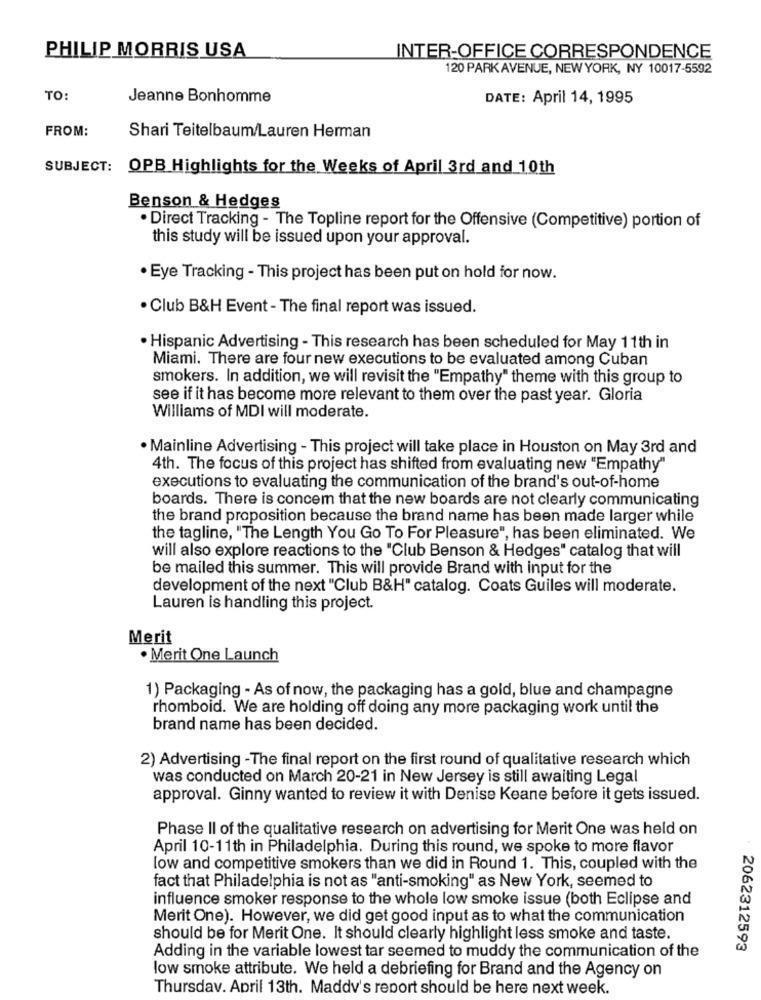
PHILIP MORRIS USA
INTER-OFFICE CORRESPONDENCE
120 PARK AVENUE, NEW YORK, NY 10017-5592
TO:
Jeanne Bonhomme
DATE: April 14, 1995
FROM:
Shari Teitelbaum/Lauren Herman
SUBJECT: OPB Highlights for the Weeks of April 3rd and 10th
Benson & Hedges
. Direct Tracking - The Topline report for the Offensive (Competitive) portion of
this study will be issued upon your approval.
· Eye Tracking - This project has been put on hold for now.
· Club B&H Event - The final report was issued.
· Hispanic Advertising - This research has been scheduled for May 11th in
Miami. There are four new executions to be evaluated among Cuban
smokers. In addition, we will revisit the "Empathy" theme with this group to
see if it has become more relevant to them over the past year. Gloria
Williams of MDI will moderate.
· Mainline Advertising - This project will take place in Houston on May 3rd and
4th. The focus of this project has shifted from evaluating new "Empathy"
executions to evaluating the communication of the brand's out-of-home
boards. There is concem that the new boards are not clearly communicating
the brand proposition because the brand name has been made larger while
the tagline, "The Length You Go To For Pleasure", has been eliminated. We
will also explore reactions to the "Club Benson & Hedges" catalog that will
be mailed this summer. This will provide Brand with input for the
development of the next "Club B&H" catalog. Coats Guiles will moderate.
Lauren is handling this project.
Merit
Merit One Launch
1) Packaging - As of now, the packaging has a gold, blue and champagne
rhomboid. We are holding off doing any more packaging work until the
brand name has been decided.
2) Advertising -The final report on the first round of qualitative research which
was conducted on March 20-21 in New Jersey is still awaiting Legal
approval. Ginny wanted to review it with Denise Keane before it gets issued.
Phase II of the qualitative research on advertising for Merit One was held on
April 10-11th in Philadelphia. During this round, we spoke to more flavor
low and competitive smokers than we did in Round 1. This, coupled with the
fact that Philadelphia is not as "anti-smoking" as New York, seemed to
influence smoker response to the whole low smoke issue (both Eclipse and
Merit One). However, we did get good input as to what the communication
should be for Merit One. It should clearly highlight less smoke and taste.
2062312593
Adding in the variable lowest tar seemed to muddy the communication of the
low smoke attribute. We held a debriefing for Brand and the Agency on
Thursday. April 13th. Maddv's report should be here next week.